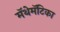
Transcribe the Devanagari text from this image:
मॅथेमॅटिका